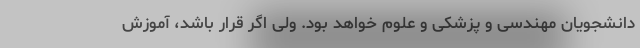
دانشجویان مهندسی و پزشکی و علوم خواهد بود. ولی اگر قرار باشد، آموزش